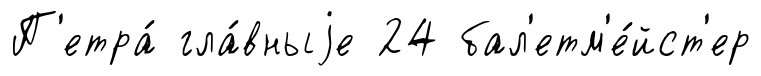
П'етра́ гла́вныjе 24 бал'етм'е́йст'ер